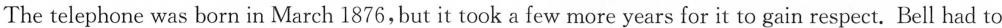
The telephone was born in March 1876, but it took a few more years for it to gain respect. Bell had to